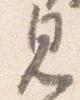
見